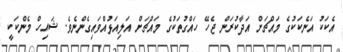
އެކަކު އަނެކަކުގެ މައްޗަށް އަދާކުރަން ޖެހޭ ހައްގުތަކުގެ މައްޗަށް އަލިއަޅުއްވައިގެންނެވެ. ޝައިހް މެންކަކީ